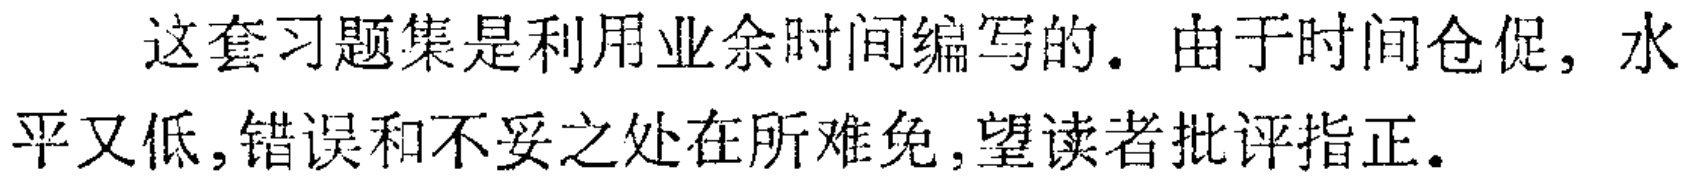
这套习题集是利用业余时间编写的. 由于时间仓促, 水平又低,错误和不妥之处在所难免,望读者批评指正.